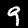
Label: 9